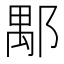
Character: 𨜖